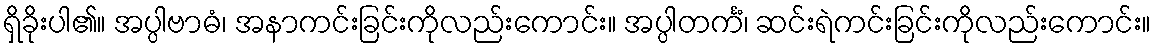
ရှိခိုးပါ၏။ အပ္ပါဗာဓံ၊ အနာကင်းခြင်းကိုလည်းကောင်း။ အပ္ပါတင်္ကံ၊ ဆင်းရဲကင်းခြင်းကိုလည်းကောင်း။